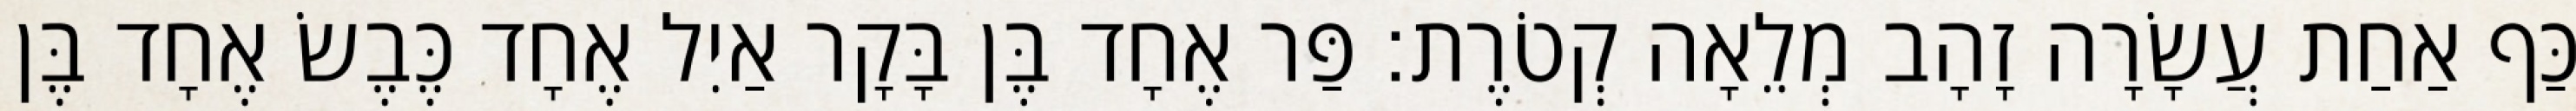
כַּף אַחַת עֲשָׂרָה זָהָב מְלֵאָה קְטֹרֶת׃ פַּר אֶחָד בֶּן בָּקָר אַיִל אֶחָד כֶּבֶשׂ אֶחָד בֶּן